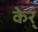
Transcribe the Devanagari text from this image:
केर्